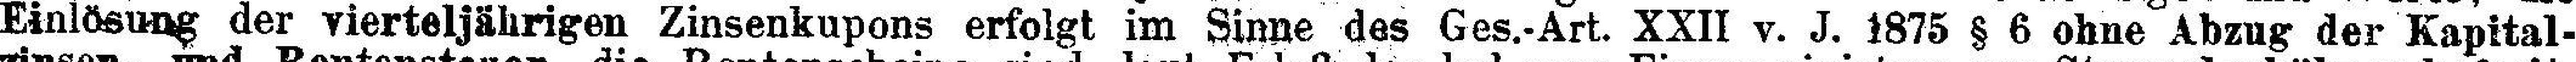
Einlösung der vierteljährigen Zinsenkupons erfolgt im Sinne des Ges.-Art. XXII v. J. 1875 § 6 ohne Abzug der Kapital¬